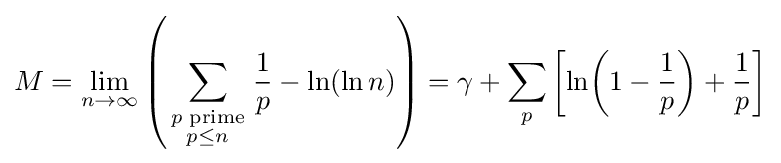
M=\lim _{n\rightarrow \infty }\left(\sum _{\scriptstyle p{\text{ prime}} \atop \scriptstyle p\leq n}{\frac {1}{p}}-\ln(\ln n)\right)=\gamma +\sum _{p}\left[\ln \!\left(1-{\frac {1}{p}}\right)+{\frac {1}{p}}\right]